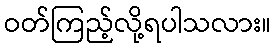
ဝတ်ကြည့်လို့ရပါသလား။